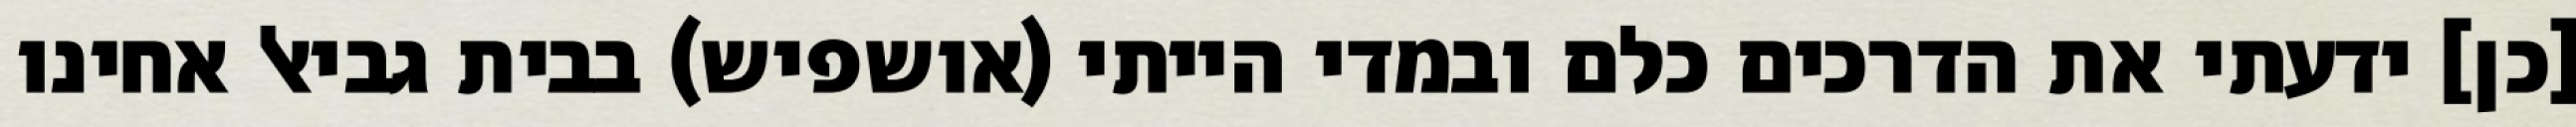
[כן] ידעתי את הדרכים כלם ובמדי הייתי (אושפיש) בבית גביאל אחינו